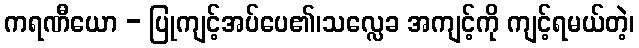
ကရဏီယော - ပြုကျင့်အပ်ပေ၏၊သလ္လေခ အကျင့်ကို ကျင့်ရမယ်တဲ့၊